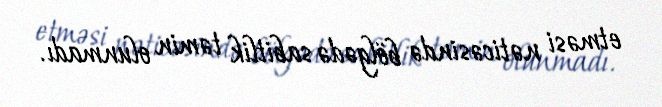
etməsi nəticəsində bölgədə sabitlik təmin olunmadı.